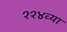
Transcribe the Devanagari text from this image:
११४व्या